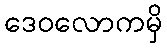
ဒေဝလောကမှိ